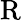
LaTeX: \textrm{R}